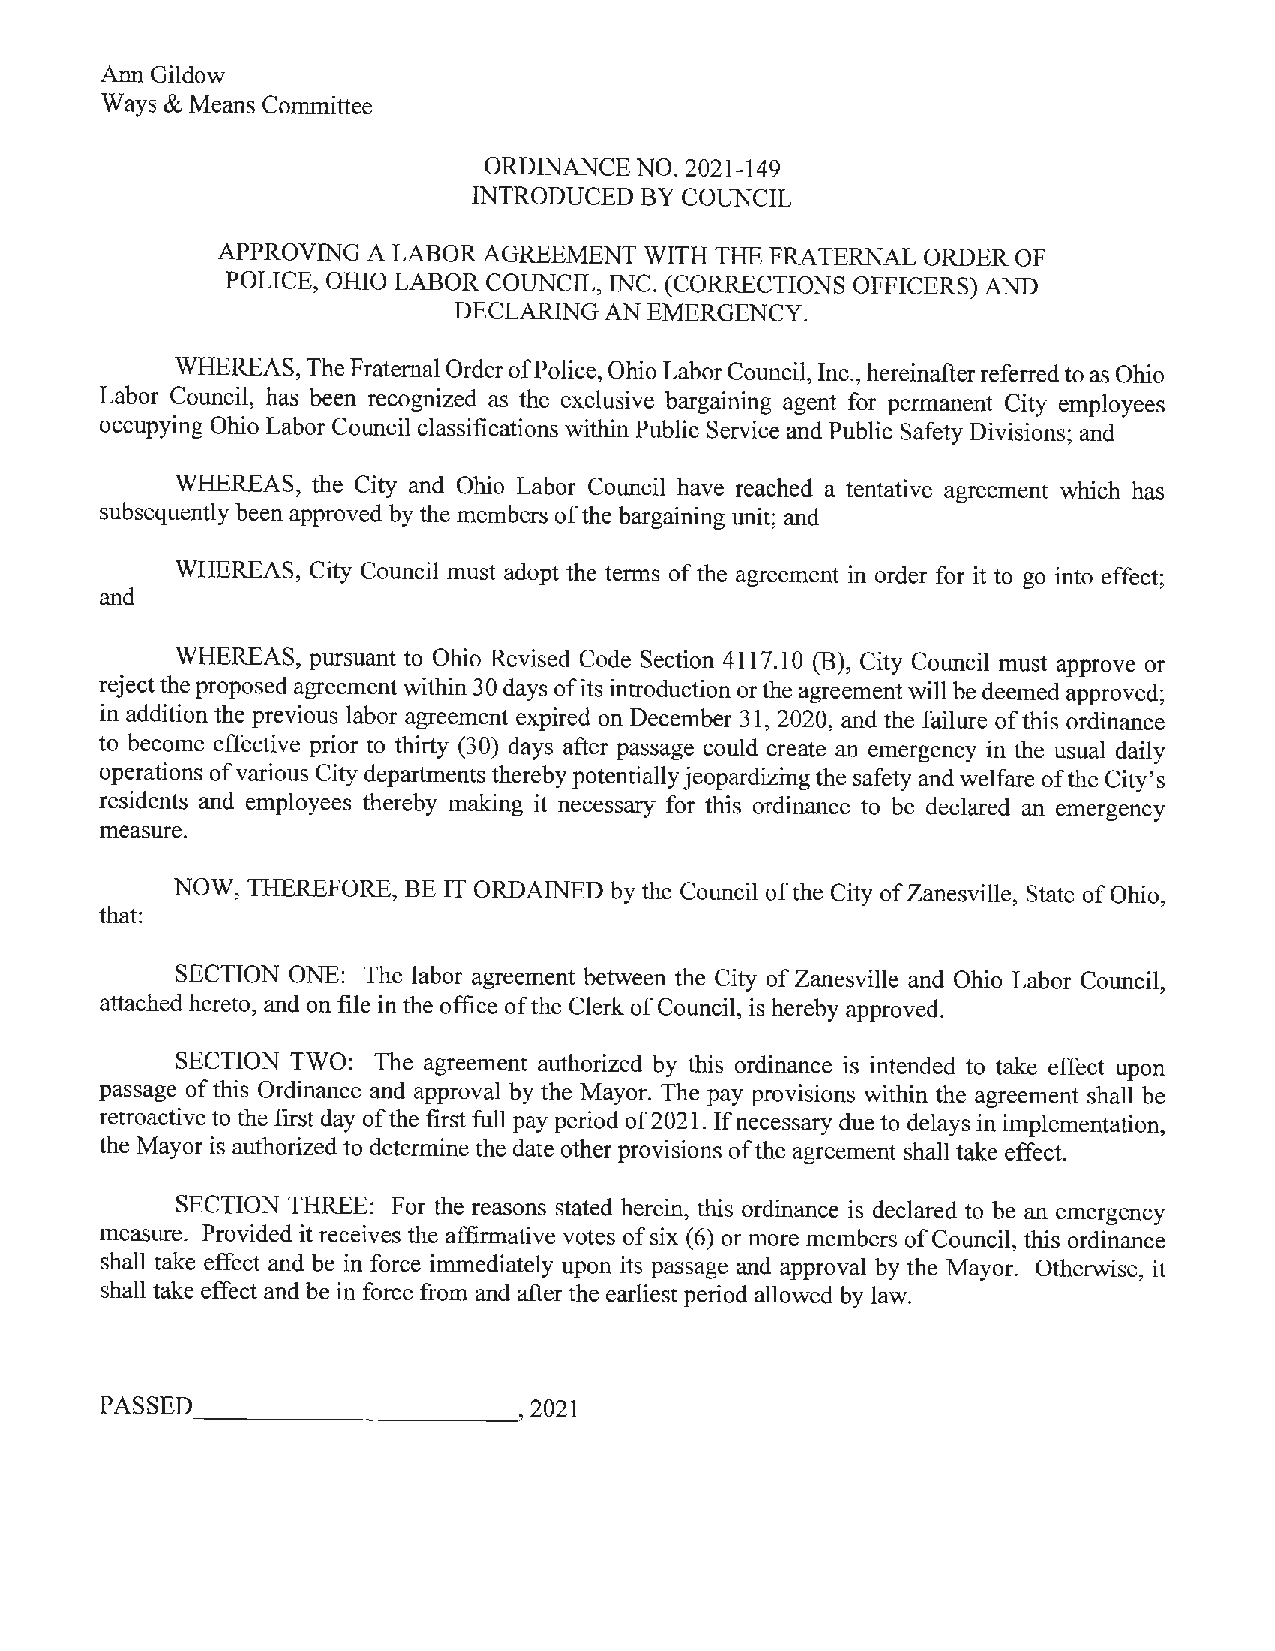
Ann Gildow
 Ways & Means Committee
 ORDINANCE NO. 2021-149
 INTRODUCED BY COUNCIL
 APPROVING A LABOR AGREEMENT  WITH THE FRATERNAL ORDER OF
 POLICE, OHIO LABOR COUNCIL, INC. (CORRECTIONS OFFICERS) AND
 DECLARING AN EMERGENCY.
 WHEREAS, The Fraternal Order ofP olice, Ohio Labor Council, Inc., hereinafter referred to as Ohio
 Labor Council, has been recognized as the exclusive bargaining agent for permanent City employees
 occupying Ohio Labor Council classifications within Public Service and Public Safety Divisions; and
 WHEREAS, the City and Ohio Labor Council have reached a tentative agreement which has
 subsequently been approved by the members of the bargaining unit; and
 WHEREAS, City Council must adopt the terms of the agreement in order for it to go into effect;
 and
 WHEREAS, pursuant to Ohio Revised Code Section 4117.10 (B), City Council must approve or
 reject the proposed agreement within 30 days of its introduction or the agreement will be deemed approved;
 in addition the previous labor agreement expired on December 31, 2020, and the failure of this ordinance
 to become effective prior to thirty (30) days after passage could create an emergency in the usual daily
 operations of various City departments thereby potentially jeopardizing the safety and welfare of the City's
 residents and employees thereby making it necessary for this ordinance to be declared an emergency
 measure.
 NOW, THEREFORE, BE IT ORDAINED by the Council of the City of Zanesville, State of Ohio,
 that:
 SECTION ONE: The labor agreement between the City of Zanesville and Ohio Labor Council,
 attached hereto, and on file in the office of the Clerk of Council, is hereby approved.
 SECTION TWO: The agreement authorized by this ordinance is intended to take effect upon
 passage of this Ordinance and approval by the Mayor. The pay provisions within the agreement shall be
 retroactive to the first day of the first full pay period of 2021. If necessary due to delays in implementation,
 the Mayor is authorized to determine the date other provisions of the agreement shall take effect.
 SECTION THREE: For the reasons stated herein, this ordinance is declared to be an emergency
 measure. Provided it receives the affirmative votes of six (6) or more members of Council, this ordinance
 shall take effect and be in force immediately upon its passage and approval by the Mayor. Otherwise, it
 shall take effect and be in force from and after the earliest period allowed by law.
 PASSED _____      ____,     2021